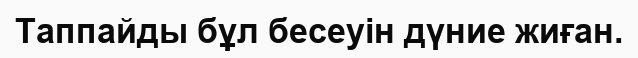
Таппайды бұл бесеуін дүние жиған.